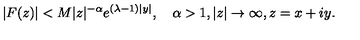
\vert F ( z ) \vert < M \vert z \vert ^ { - \alpha } e ^ { ( \lambda - 1 ) \vert y \vert } , \quad \alpha > 1 , \vert z \vert \to \infty , z = x + i y .